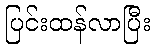
ပြင်းထန်လာပြီး